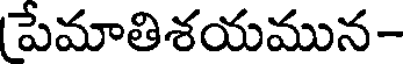
పేమాతిశయమున-